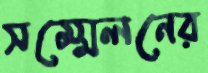
সম্মেলনের